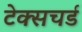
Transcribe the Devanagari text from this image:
टेक्सचर्ड